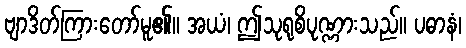
ဗျာဒိတ်ကြားတော်မူ၏။ အယံ၊ ဤသုရုစိပုဏ္ဏားသည်။ ပဓာနံ၊